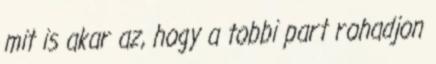
mit is akar az, hogy a tobbi part rohadjon